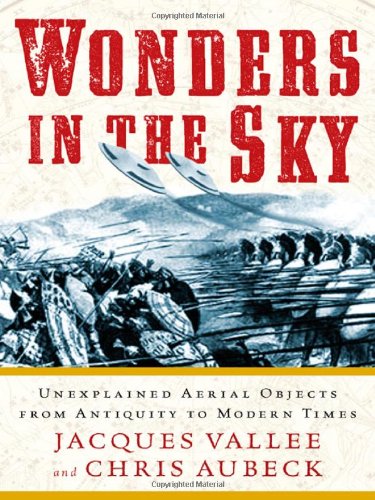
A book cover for Wonders in the Sky: Unexplained Aerial Objects from Antiquity to Modern Times; Jacques Vallee; Science & Math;